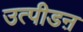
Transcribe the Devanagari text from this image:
उत्पीडऩ